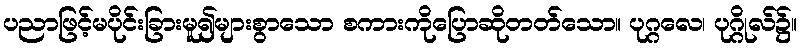
ပညာဖြင့်မပိုင်းခြားမူ၍များစွာသော စကားကိုပြောဆိုတတ်သော။ ပုဂ္ဂလေ၊ ပုဂ္ဂိုလ်၌။